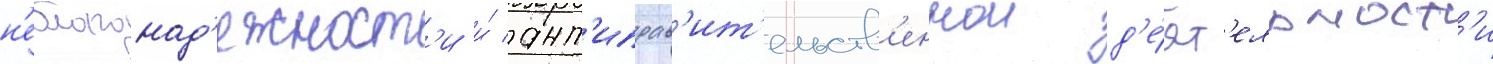
н'еблагонад'ежност'и и́ ант'иправ'ит'ельств'еннои д'е́ят'ельност'и